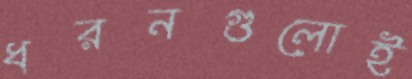
ধরনগুলোই